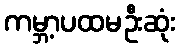
ကမ္ဘာ့ပထမဦးဆုံး